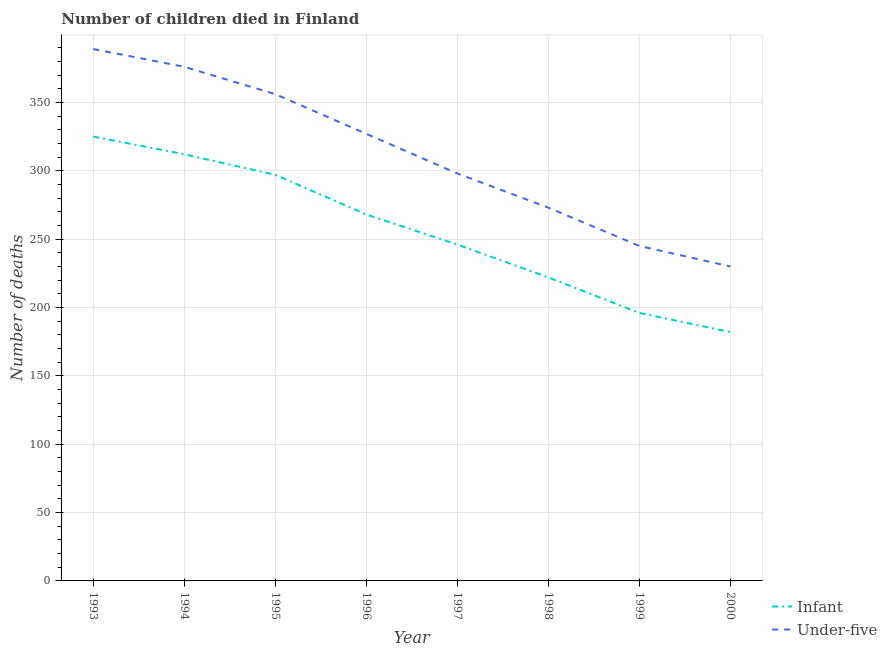
| Year | Infant | Under-five |
 | --- | --- | --- |
 | 1993 | 325 | 389 |
 | 1994 | 312 | 376 |
 | 1995 | 297 | 356 |
 | 1996 | 268 | 327 |
 | 1997 | 246 | 298 |
 | 1998 | 222 | 273 |
 | 1999 | 196 | 245 |
 | 2000 | 182 | 230 |